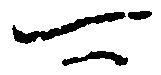
可